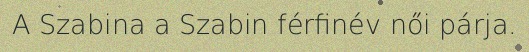
A Szabina a Szabin férfinév női párja.